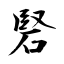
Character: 硻